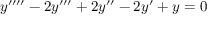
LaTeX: y ^ { \prime \prime \prime \prime } - 2 y ^ { \prime \prime \prime } + 2 y ^ { \prime \prime } - 2 y ^ { \prime } + y = 0